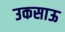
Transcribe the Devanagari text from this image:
उकसाऊ